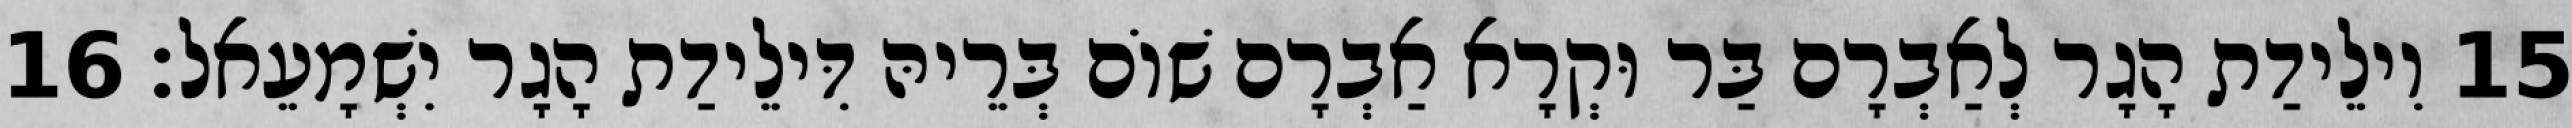
15 וִילֵידַת הָגָר לְאַבְרָם בַּר וּקְרָא אַבְרָם שׁוֹם בְּרֵיהּ דִּילֵידַת הָגָר יִשְׁמָעֵאל׃ 16